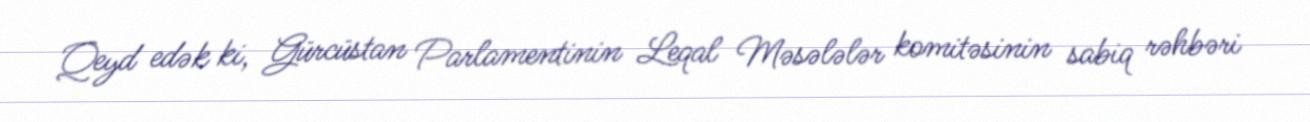
Qeyd edək ki, Gürcüstan Parlamentinin Leqal Məsələlər komitəsinin sabiq rəhbəri